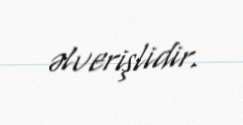
əlverişlidir.